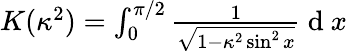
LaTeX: \begin{array}{r}{K(\kappa^{2})=\int_{0}^{\pi/2}\frac{1}{\sqrt{1-\kappa^{2}\sin^{2}x}}\mathrm{~d~}x}\end{array}